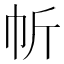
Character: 㠼